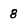
Character: 8